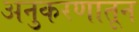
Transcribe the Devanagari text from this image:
अनुकरणातून